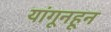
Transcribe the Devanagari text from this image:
यांगूनहून